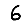
Digit: 6